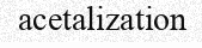
acetalization